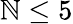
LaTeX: \mathbb{N}\leq5